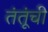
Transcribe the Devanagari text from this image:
तंतूंची